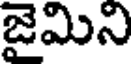
జైమిని